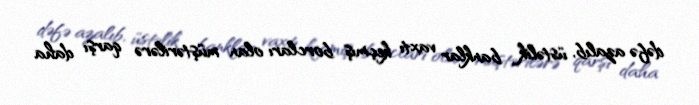
dəfə azalıb, üstəlik banklar vaxtı keçmiş borcları olan müştərilərə qarşı daha